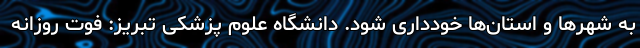
به شهرها و استان‌ها خودداری شود. دانشگاه علوم پزشکی تبریز: فوت روزانه